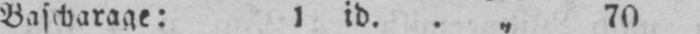
Bascharage: 1 id. .„ 70